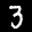
Label: 3